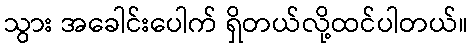
သွား အခေါင်းပေါက် ရှိတယ်လို့ထင်ပါတယ်။